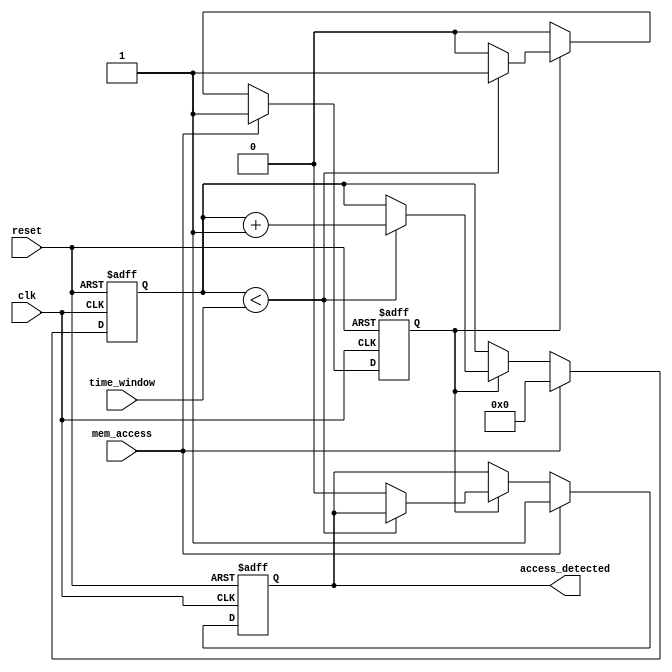
module MemoryBlocksTimeWindowDetector (
    input wire clk,                // System clock
    input wire reset,              // Reset signal
    input wire mem_access,         // Memory access signal (1 for read/write)
    input wire [7:0] time_window,  // Time window duration in clock cycles
    output reg access_detected      // Output signal indicating access within time window
);

    reg [7:0] counter;             // Counter for time window
    reg active;                    // Indicates if we are in the time window

    // State machine for detecting memory access within the time window
    always @(posedge clk or posedge reset) begin
        if (reset) begin
            counter <= 8'b0;        // Reset counter
            access_detected <= 1'b0; // Clear access detected flag
            active <= 1'b0;         // Clear active state
        end else begin
            if (mem_access) begin
                // If memory access is detected, set active flag
                active <= 1'b1;
                access_detected <= 1'b1; // Set access detected flag
                counter <= 8'b0;          // Reset counter
            end else if (active) begin
                // Increment counter while active
                if (counter < time_window) begin
                    counter <= counter + 1;
                end else begin
                    // Time window expired
                    active <= 1'b0;         // Clear active state
                    access_detected <= 1'b0; // Clear access detected flag
                end
            end
        end
    end

endmodule